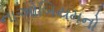
નાઓબિયમનો